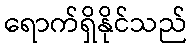
ရောက်ရှိနိုင်သည်